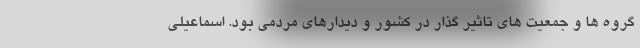
گروه ها و جمعیت های تاثیر گذار در کشور و دیدارهای مردمی بود. اسماعیلی